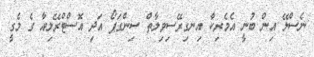
ނެސްލޭ އިން ބުނީ އެމެރިކާ އިނގިރޭސިވިލާތް ސިންގަޕޯ އަދި އޮސްޓްރޭލިއާ ގެ މެގީ